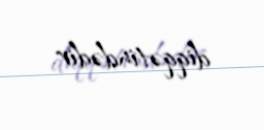
diqqətindədir.